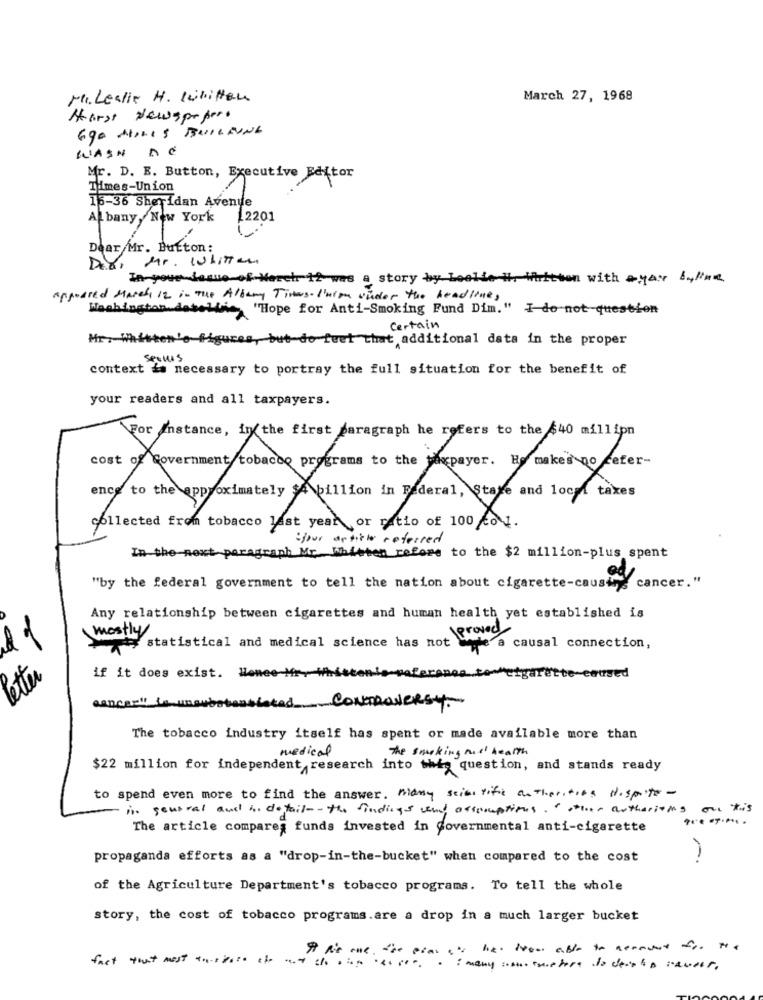
M. Lealle H. Written
March 27, 1968
Horst Newspepero
690 MILES BUILDING
WASH DE
Mr. D. E. Button, Executive Editor
Times-Union
15-36 Sheridan Avenue
Albany, New York
12201
Dear Mr. Button:
Mr. whitten
In-youeLasuo of March 12 was a story by Le
H. Whitten with ayair byla
appeased March 12 in The Albany Tiras. I'mion under the headline,
Washington dateline "Hope for Anti-Smoking Fund Dim." I do not-question
certain
Mr. Whitten's figures, but de feet that additional data in the proper
SPELLIS
context is necessary to portray the full situation for the benefit of
your readers and all taxpayers.
For Instance, in the first paragraph he refers to the $40 millipn
ence to the approximately $A billion in Federal, State and local taxes
collected from tobacco last year or ratio of 100 co 4.
ifpur article referred
In the next paragraph Mr Whitten refore to the $2 million-plus spent
cancer. "
"by the federal government to tell the nation about cigarette-caust
Any relationship between cigarettes and human health yet established is
proved
mostly
11
statistical and medical science has not wwe a causal connection,
te-enused
Petter
if it does exist. Honee Mr.White
Lated CONTROVERSY.
The tobacco industry itself has spent or made available more than
medical
The smoking mel health
$22 million for independent research into this question, and stands ready
to spend even more to find the answer. midny scientific antherities dispute-
is sentral and in detail -- the findings viny assocaptions."other authorions on this
The article compares funds invested in Governmental anti-cigarette
propaganda efforts as a "drop-in-the-bucket" when compared to the cost
of the Agriculture Department's tobacco programs. To tell the whole
story, the cost of tobacco programs.are a drop in a much larger bucket
---------
fact tout mest +1.0/or the
I many :. s. meyer to deinto rower.